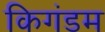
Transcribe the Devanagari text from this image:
किगंडम